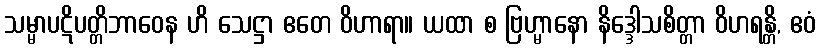
သမ္မာပဋိပတ္တိဘာဝေန ဟိ သေဋ္ဌာ ဧတေ ဝိဟာရာ။ ယထာ စ ဗြဟ္မာနော နိဒ္ဒေါသစိတ္တာ ဝိဟရန္တိ, ဧဝံ